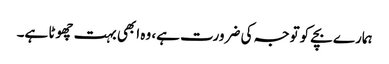
ہمارے بچے کوتوجہ کی ضرورت ہے، وہ ابھی بہت چھوٹا ہے۔